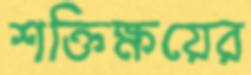
শক্তিক্ষয়ের